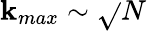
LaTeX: \mathbf{k}_{max}\sim\sqrt{}{{N}}